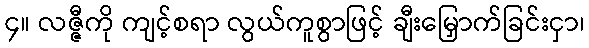
၄။ လဇ္ဇီကို ကျင့်စရာ လွယ်ကူစွာဖြင့် ချီးမြှောက်ခြင်းငှာ၊